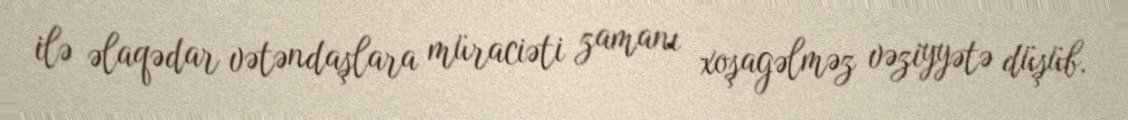
ilə əlaqədar vətəndaşlara müraciəti zamanı xoşagəlməz vəziyyətə düşüb.